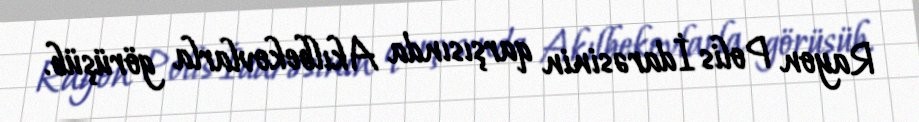
Rayon Polis İdarəsinin qarşısında Akılbekovlarla görüşüb.